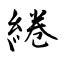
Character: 綣